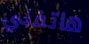
هاتفني